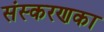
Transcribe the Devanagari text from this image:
संस्‍करणका